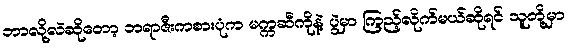
ဘာလို့လဲဆိုတော့ ဘရာဇီးကစားပုံက မက္ကဆီကိုနဲ့ ပွဲမှာ ကြည့်လိုက်မယ်ဆိုရင် သူတို့မှာ